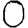
Digit: 0